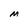
Character: M